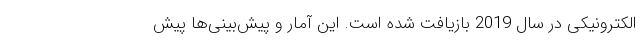
الکترونیکی در سال 2019 بازیافت شده است. این آمار و پیش‌بینی‌ها پیش